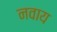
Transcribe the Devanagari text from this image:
नवाय